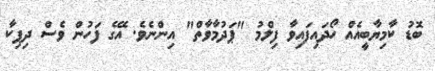
ބޮޑު ކާމިޔާބީއެއް ހޯދައިފައިވާ ފިލްމު "ޕަދުމާވާތް" އިންނެވެ. އޭގެ ފަހުން ވެސް ދިޕިކާ